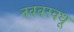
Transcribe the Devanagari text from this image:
नववरवधू